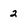
Character: 2